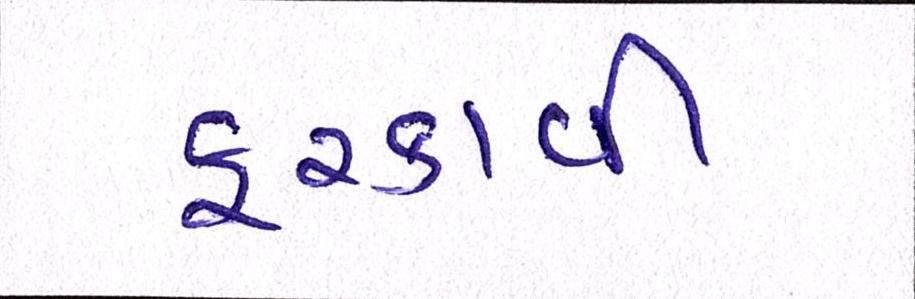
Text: ફરકાવી